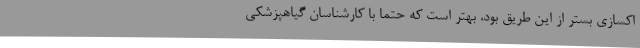
اکسازی بستر از این طریق بود، بهتر است که حتما با کارشناسان گیاهپزشکی